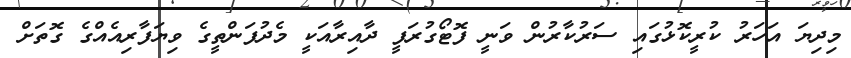
މިދިޔަ އަހަރު ކުރީކޮޅުގައި ސަރުކާރުން ވަނީ ފޮޓޯގުރަފީ ދާއިރާއަކީ މެދުފަންތީގެ ވިޔަފާރިއެއްގެ ގޮތަށް